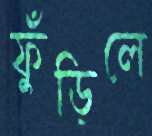
ফুঁড়িলে